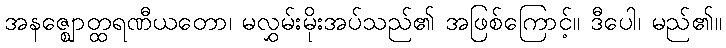
အနဇ္ဈောတ္ထရဏီယတော၊ မလွှမ်းမိုးအပ်သည်၏ အဖြစ်ကြောင့်။ ဒီပေါ၊ မည်၏။